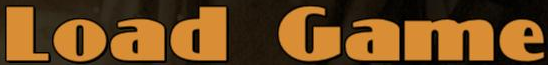
Load Game